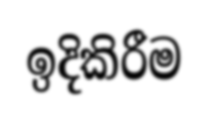
ඉදිකිරීම